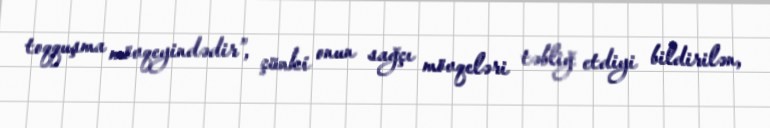
toqquşma mövqeyindədir”, çünki onun sağçı mövqeləri təbliğ etdiyi bildirilən,